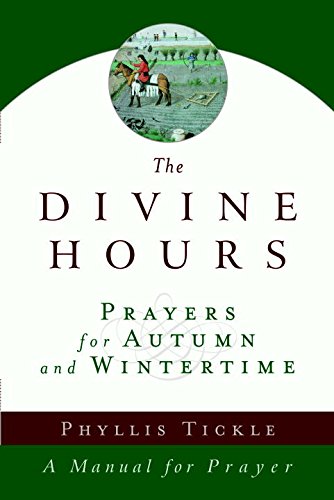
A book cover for The Divine Hours (Volume Two): Prayers for Autumn and Wintertime: A Manual for Prayer; Phyllis Tickle; Christian Books & Bibles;